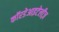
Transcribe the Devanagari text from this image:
कॉरडेआइटेलीज़